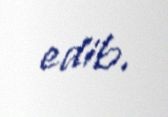
edib.